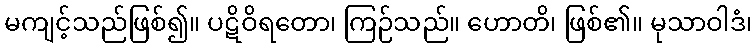
မကျင့်သည်ဖြစ်၍။ ပဋိဝိရတော၊ ကြဉ်သည်။ ဟောတိ၊ ဖြစ်၏။ မုသာဝါဒံ၊